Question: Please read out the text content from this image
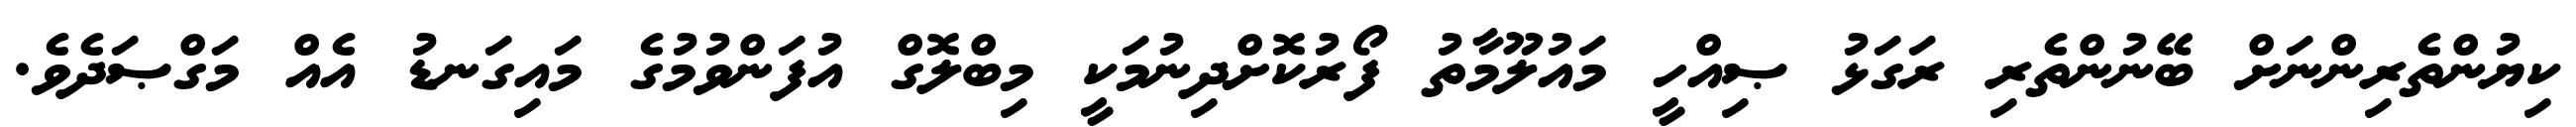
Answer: ކިޔުންތެރިންނަށް ބޭނުންތެރި ރަގަޅު ޞިއްހީ މައުލޫމާތު ފޯރުކޮށްދިނުމަކީ މިބްލޮގް އުފަންވުމުގެ މައިގަނޑު އެއް މަގްޞަދެވެ.